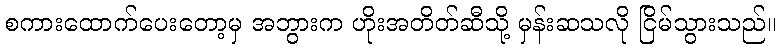
စကားထောက်ပေးတော့မှ အဘွားက ဟိုးအတိတ်ဆီသို့ မှန်းဆသလို ငြိမ်သွားသည်။